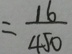
= \frac { 1 6 } { 4 5 0 }